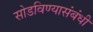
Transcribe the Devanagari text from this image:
सोडविण्यासंबंधी